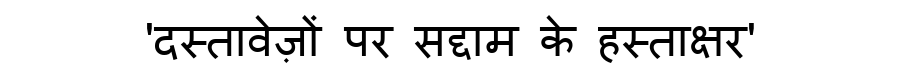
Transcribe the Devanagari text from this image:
'दस्तावेज़ों पर सद्दाम के हस्ताक्षर'